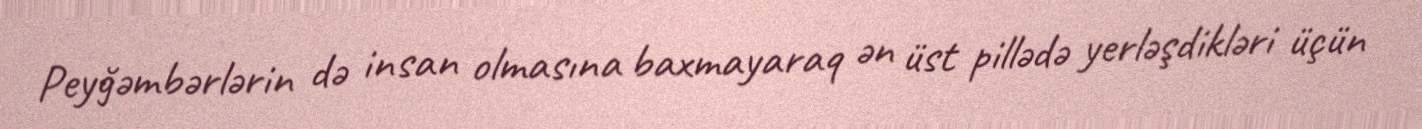
Peyğəmbərlərin də insan olmasına baxmayaraq ən üst pillədə yerləşdikləri üçün